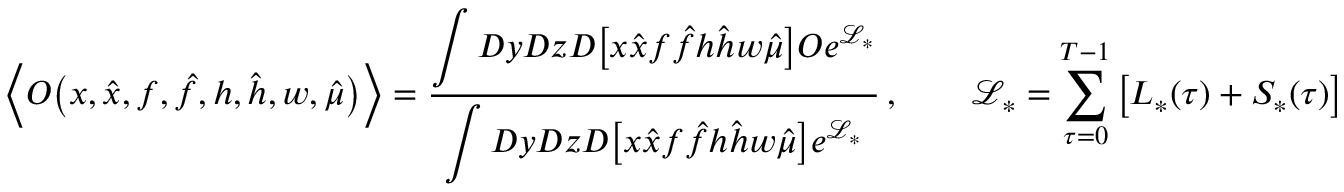
\Big \langle O \big ( x , \hat { x } , f , \hat { f } , h , \hat { h } , w , \hat { \mu } \big ) \Big \rangle = \frac { \displaystyle \int D y D z D \big [ x \hat { x } f \hat { f } h \hat { h } w \hat { \mu } \big ] O e ^ { \mathcal { L } _ { * } } } { \displaystyle \int D y D z D \big [ x \hat { x } f \hat { f } h \hat { h } w \hat { \mu } \big ] e ^ { \mathcal { L } _ { * } } } \, , \qquad \mathcal { L } _ { * } = \sum _ { \tau = 0 } ^ { T - 1 } \big [ L _ { * } ( \tau ) + S _ { * } ( \tau ) \big ]